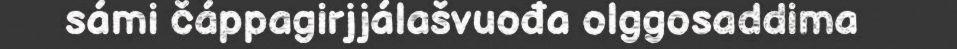
sámi čáppagirjjálašvuođa olggosaddima